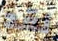
لقد